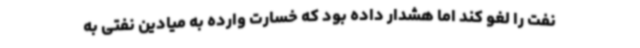
نفت را لغو کند اما هشدار داده بود که خسارت وارده به میادین نفتی به